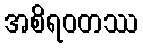
အစိရဝတဿ